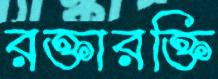
রক্তারক্তি